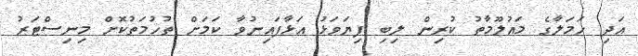
އަދި ހަމަލާގެ މައުލޫމާތު ކުރިން ލިބި ފިޔަވަޅު އަޅާފައިނުވާ ކަމަށް ތުހުމަތުކޮށް މިނިސްޓަރު